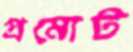
প্রমোট